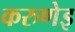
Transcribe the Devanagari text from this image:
करुणेइ